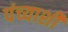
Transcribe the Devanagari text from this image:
पंच्याशी